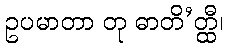
ဥပမာတာ တု ဓာတိ’တ္ထီ၊